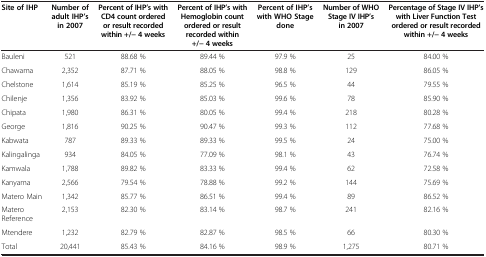
<table><thead><tr><td><b>Site of IHP</b></td><td><b>Number of adult IHP’s in 2007</b></td><td><b>Percent of IHP’s with CD4 count ordered or result recorded within +/− 4 weeks</b></td><td><b>Percent of IHP’s with Hemoglobin count ordered or result recorded within +/− 4 weeks</b></td><td><b>Percent of IHP’s with WHO Stage done</b></td><td><b>Number of WHO Stage IV IHP’s in 2007</b></td><td><b>Percentage of Stage IV IHP’s with Liver Function Test ordered or result recorded within +/− 4 weeks</b></td></tr></thead><tbody><tr><td>Bauleni</td><td>521</td><td>88.68 %</td><td>89.44 %</td><td>97.9 %</td><td>25</td><td>84.00 %</td></tr><tr><td>Chawama</td><td>2,352</td><td>87.71 %</td><td>88.05 %</td><td>98.8 %</td><td>129</td><td>86.05 %</td></tr><tr><td>Chelstone</td><td>1,614</td><td>85.19 %</td><td>85.25 %</td><td>96.5 %</td><td>44</td><td>79.55 %</td></tr><tr><td>Chilenje</td><td>1,356</td><td>83.92 %</td><td>85.03 %</td><td>99.6 %</td><td>78</td><td>85.90 %</td></tr><tr><td>Chipata</td><td>1,980</td><td>86.31 %</td><td>80.05 %</td><td>99.4 %</td><td>218</td><td>80.28 %</td></tr><tr><td>George</td><td>1,816</td><td>90.25 %</td><td>90.47 %</td><td>99.3 %</td><td>112</td><td>77.68 %</td></tr><tr><td>Kabwata</td><td>787</td><td>89.33 %</td><td>89.33 %</td><td>99.5 %</td><td>24</td><td>75.00 %</td></tr><tr><td>Kalingalinga</td><td>934</td><td>84.05 %</td><td>77.09 %</td><td>98.1 %</td><td>43</td><td>76.74 %</td></tr><tr><td>Kamwala</td><td>1,788</td><td>89.82 %</td><td>83.33 %</td><td>99.4 %</td><td>62</td><td>72.58 %</td></tr><tr><td>Kanyama</td><td>2,566</td><td>79.54 %</td><td>78.88 %</td><td>99.2 %</td><td>144</td><td>75.69 %</td></tr><tr><td>Matero Main</td><td>1,342</td><td>85.77 %</td><td>86.51 %</td><td>99.4 %</td><td>89</td><td>86.52 %</td></tr><tr><td>Matero Reference</td><td>2,153</td><td>82.30 %</td><td>83.14 %</td><td>98.7 %</td><td>241</td><td>82.16 %</td></tr><tr><td>Mtendere</td><td>1,232</td><td>82.79 %</td><td>82.87 %</td><td>98.5 %</td><td>66</td><td>80.30 %</td></tr><tr><td>Total</td><td>20,441</td><td>85.43 %</td><td>84.16 %</td><td>98.9 %</td><td>1,275</td><td>80.71 %</td></tr></tbody></table>